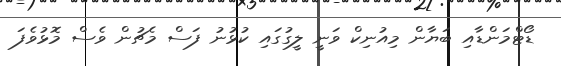
ޑޯޓްމަންޑާއި ބަޔާން މިއުނިކް ވަނީ ލީގުގައި ކުޅުނު ފަސް މެޗުން ވެސް މޮޅުވެފަ